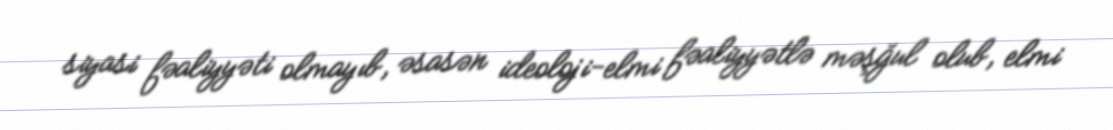
siyasi fəaliyyəti olmayıb, əsasən ideoloji-elmi fəaliyyətlə məşğul olub, elmi